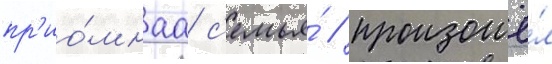
пр'ио́мнаа с'емья́ / произошё́л